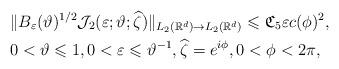
LaTeX: \begin{align*}& \Vert B_\varepsilon (\vartheta )^{1/2} {\mathcal J}_2( \varepsilon;\vartheta; \widehat{\zeta}) \Vert_{L_2(\mathbb{R}^d)\rightarrow L_2(\mathbb{R}^d)} \leqslant \mathfrak{C}_5\varepsilon c(\phi )^2,\\& 0 < \vartheta \leqslant 1,0< \varepsilon \leqslant \vartheta^{-1},\widehat{\zeta}=e^{i\phi},0<\phi <2\pi,\end{align*}